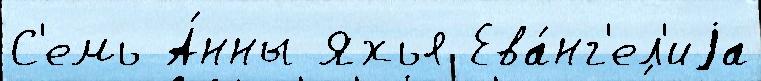
С'емь А́нны Яхья Ева́нг'ел'иjа